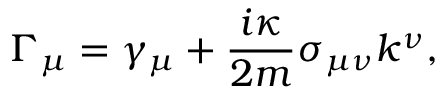
\Gamma _ { \mu } = \gamma _ { \mu } + \frac { i \kappa } { 2 m } \sigma _ { \mu \nu } k ^ { \nu } ,